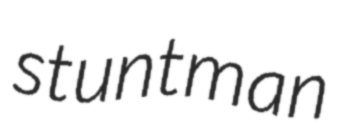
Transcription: stuntman